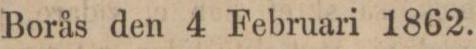
Borås den 4 Februari 1862.